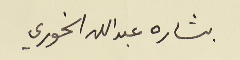
بشاره عبدالله الخوري